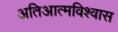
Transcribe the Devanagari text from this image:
अतिआत्मविश्वास